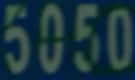
5050